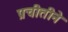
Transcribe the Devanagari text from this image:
प्रचीतीने